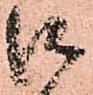
御